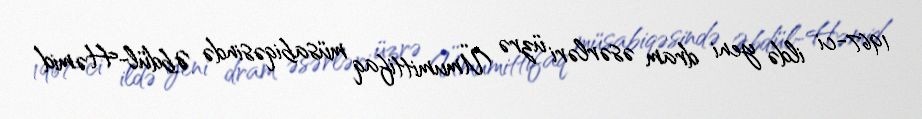
1967-ci ildə yeni dram əsərləri üzrə Ümumittifaq müsabiqəsində Əbdül-Həmid